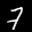
Label: 7